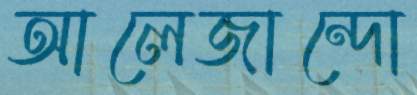
আলেজান্দো